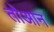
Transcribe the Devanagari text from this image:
तोआन